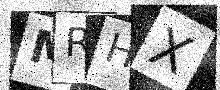
Text: MRHX